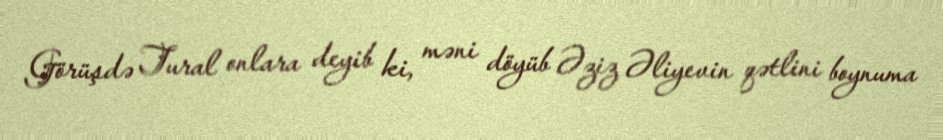
Görüşdə Tural onlara deyib ki, məni döyüb Əziz Əliyevin qətlini boynuma